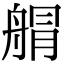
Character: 䑵